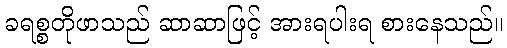
ခရစ္စတိုဖာသည် ဆာဆာဖြင့် အားရပါးရ စားနေသည်။